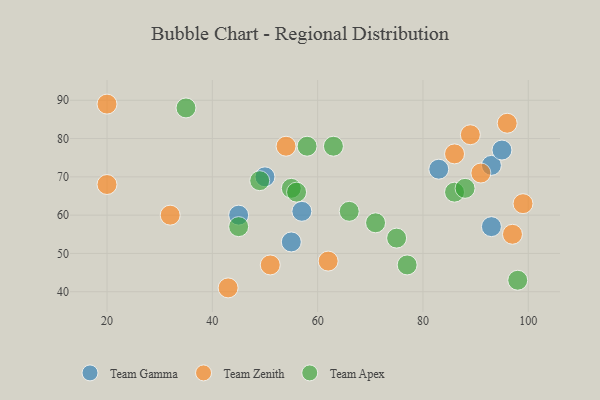
{"axis": {"x": "GDP", "y": "Life Expectancy"}, "legend": ["Team Apex", "Team Gamma", "Team Zenith"], "data": [{"x": "57", "y": 61, "type": "Team Gamma"}, {"x": "93", "y": 73, "type": "Team Gamma"}, {"x": "93", "y": 57, "type": "Team Gamma"}, {"x": "45", "y": 60, "type": "Team Gamma"}, {"x": "83", "y": 72, "type": "Team Gamma"}, {"x": "55", "y": 53, "type": "Team Gamma"}, {"x": "95", "y": 77, "type": "Team Gamma"}, {"x": "50", "y": 70, "type": "Team Gamma"}, {"x": "62", "y": 48, "type": "Team Zenith"}, {"x": "89", "y": 81, "type": "Team Zenith"}, {"x": "51", "y": 47, "type": "Team Zenith"}, {"x": "32", "y": 60, "type": "Team Zenith"}, {"x": "99", "y": 63, "type": "Team Zenith"}, {"x": "54", "y": 78, "type": "Team Zenith"}, {"x": "96", "y": 84, "type": "Team Zenith"}, {"x": "97", "y": 55, "type": "Team Zenith"}, {"x": "91", "y": 71, "type": "Team Zenith"}, {"x": "20", "y": 68, "type": "Team Zenith"}, {"x": "43", "y": 41, "type": "Team Zenith"}, {"x": "86", "y": 76, "type": "Team Zenith"}, {"x": "20", "y": 89, "type": "Team Zenith"}, {"x": "66", "y": 61, "type": "Team Apex"}, {"x": "58", "y": 78, "type": "Team Apex"}, {"x": "86", "y": 66, "type": "Team Apex"}, {"x": "49", "y": 69, "type": "Team Apex"}, {"x": "75", "y": 54, "type": "Team Apex"}, {"x": "63", "y": 78, "type": "Team Apex"}, {"x": "77", "y": 47, "type": "Team Apex"}, {"x": "55", "y": 67, "type": "Team Apex"}, {"x": "56", "y": 66, "type": "Team Apex"}, {"x": "88", "y": 67, "type": "Team Apex"}, {"x": "45", "y": 57, "type": "Team Apex"}, {"x": "98", "y": 43, "type": "Team Apex"}, {"x": "71", "y": 58, "type": "Team Apex"}, {"x": "35", "y": 88, "type": "Team Apex"}]}